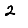
Digit: 2